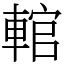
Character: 輨